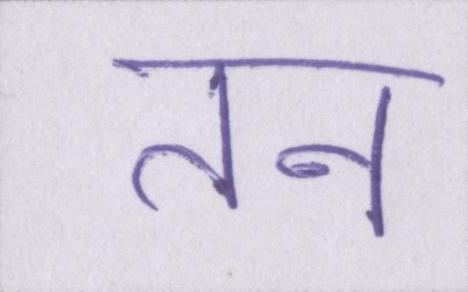
तन